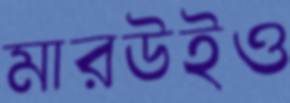
মারউইও